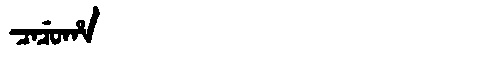
Manchu: ᠴᠠᠴᡠᡥᠠ
Romanization: CACUHA